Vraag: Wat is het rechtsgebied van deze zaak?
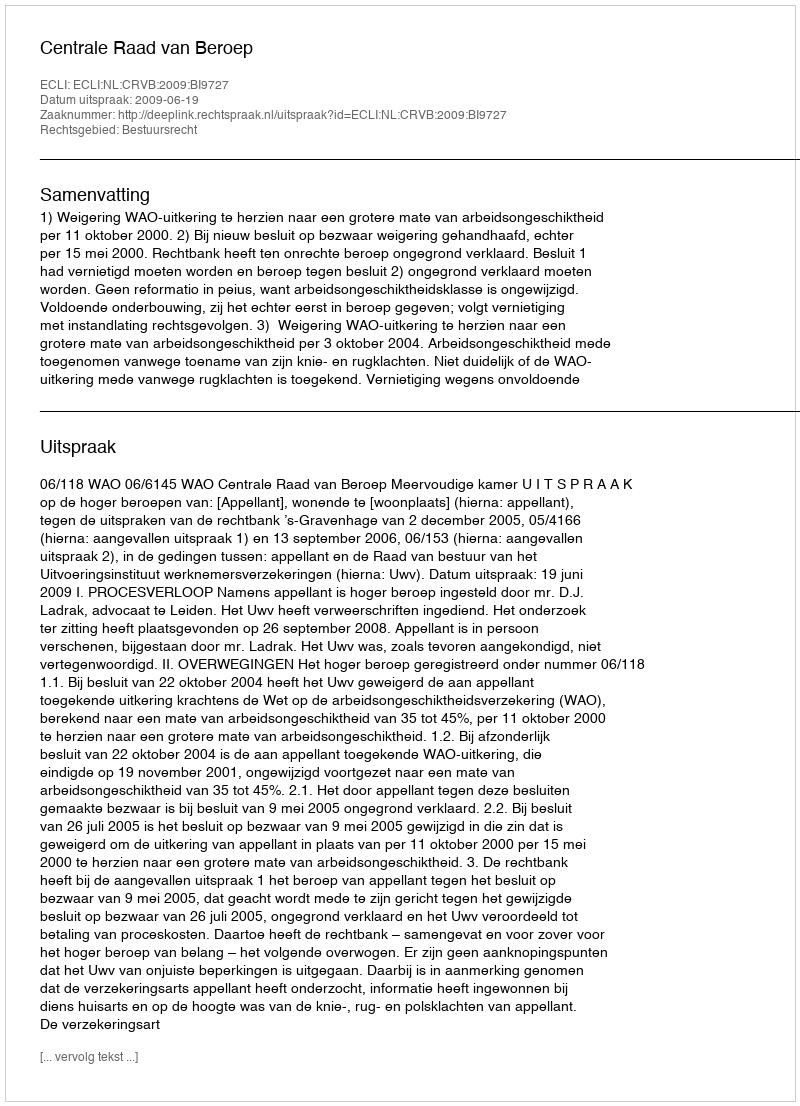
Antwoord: Bestuursrecht